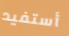
أستفيد